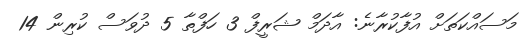
މަސައްކަތަށް އުފާކުރާނެ: އާދަމް ޝަރީފް 3 ހަފްތާ 5 ދުވަސް ކުރިން 14